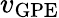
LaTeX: v_{\mathrm{GPE}}